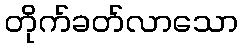
တိုက်ခတ်လာသော